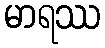
မာရဿ